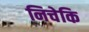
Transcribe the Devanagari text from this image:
निचेकि